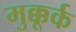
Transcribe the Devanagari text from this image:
मुक्कूर्क